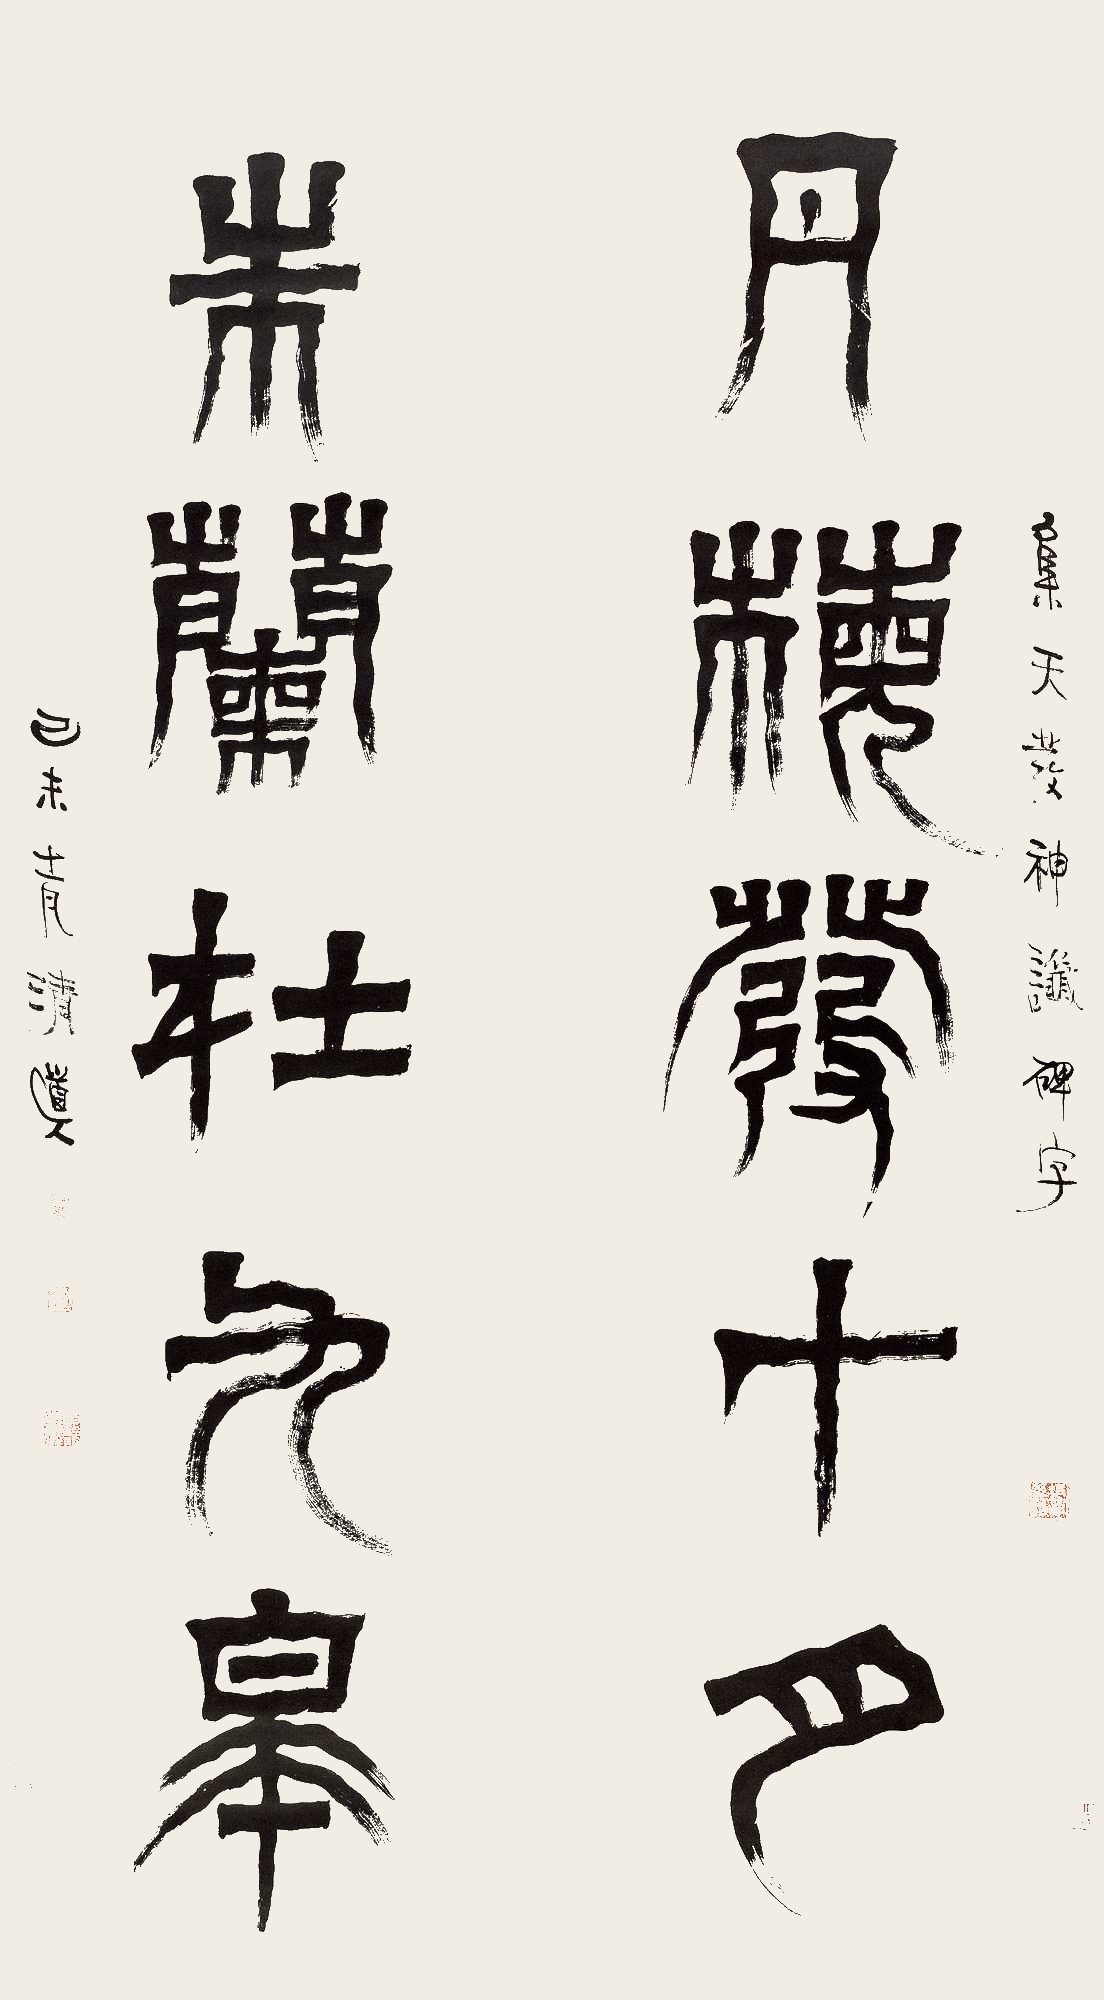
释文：丹梅发十月，朱兰杜九皋。集吴天发神谶碑字。己未十一月，清道人。